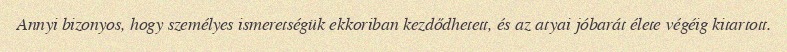
Annyi bizonyos, hogy személyes ismeretségük ekkoriban kezdődhetett, és az atyai jóbarát élete végéig kitartott.